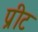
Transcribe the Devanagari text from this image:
प्रीट